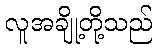
လူအချို့တို့သည်